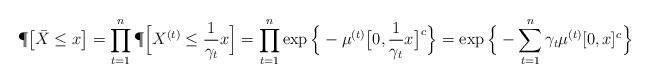
\begin{align*} &\P\big[\bar{X}\leq x \big] = \prod_{t=1}^{n}\P\Big[X^{(t)}\leq \frac{1}{\gamma_t}x\Big] = \prod_{t=1}^{n}\exp\Big\{ - \mu^{(t)}\big[0,\frac{1}{\gamma_t}x\big]^c \Big\} =\exp\Big\{ - \sum_{t=1}^{n} \gamma_t \mu^{(t)}[0,x]^c \Big\}\end{align*}